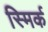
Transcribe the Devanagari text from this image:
स्मिर्क